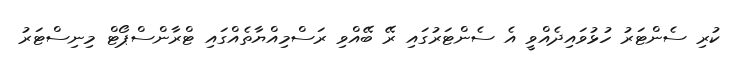
ކުރި ސެންޓަރު ހުޅުވައިދެއްވީ އެ ސެންޓަރުގައި ރޭ ބޭއްވި ރަސްމިއްޔާތެއްގައި ޓްރާންސްޕޯޓް މިނިސްޓަރު